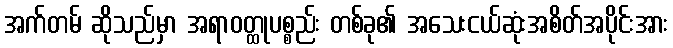
အက်တမ် ဆိုသည်မှာ အရာဝတ္ထုပစ္စည်း တစ်ခု၏ အသေးငယ်ဆုံးအစိတ်အပိုင်းအား